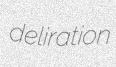
deliration